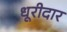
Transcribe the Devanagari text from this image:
धूरीदार